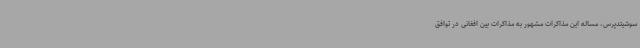
سوشیتدپرس، مساله این مذاکرات مشهور به مذاکرات بین افغانی در توافق